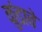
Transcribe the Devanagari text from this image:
कुंडाचे